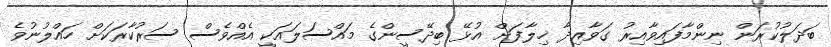
ބަދަލުކުރަން ނިންމާފައިވާއިރު ގަވާއިދާ ޚިލާފަށް އުޅޭ ބިދޭސީންގެ މައްސަލައަކީ އެއްވެސް ސަރުކާރަކަށް ހައްލުނުވެ